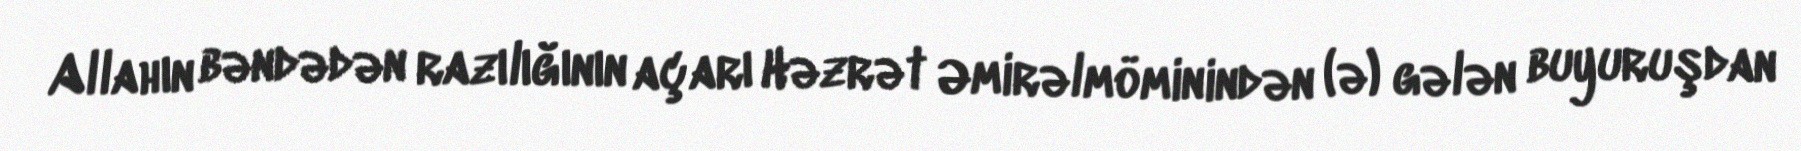
Allahın bəndədən razılığının açarı Həzrət Əmirəlmöminindən (ə) gələn buyuruşdan